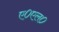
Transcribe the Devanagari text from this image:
ए०एल०